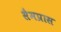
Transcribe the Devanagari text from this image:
सैमप्रास